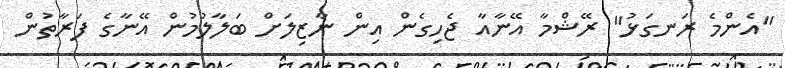
"އެންމެ ރަނގަޅު" ރޭޝްމާ އޭނާއާ ޖެހިގެން އިން ނާޒިލަށް ބަލާލުމުން އޭނާގެ ފަރާތުން